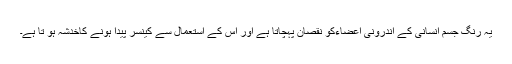
یہ رنگ جسم انسانی کے اندرونی اعضاءکو نقصان پہچاتا ہے اور اس کے استعمال سے کینسر پیدا ہونے کاخدشہ ہو تا ہے۔